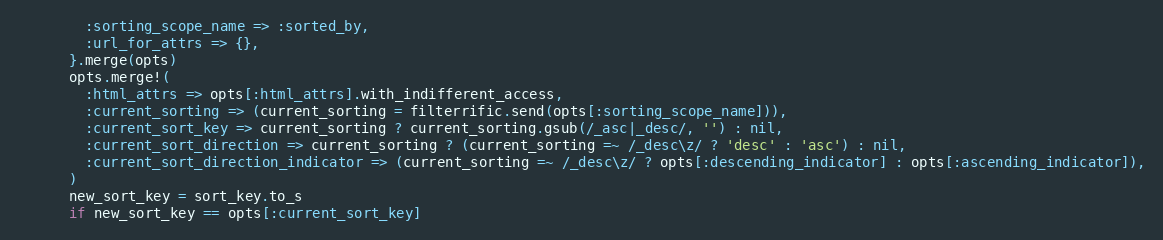
Language: Ruby
        :sorting_scope_name => :sorted_by,
        :url_for_attrs => {},
      }.merge(opts)
      opts.merge!(
        :html_attrs => opts[:html_attrs].with_indifferent_access,
        :current_sorting => (current_sorting = filterrific.send(opts[:sorting_scope_name])),
        :current_sort_key => current_sorting ? current_sorting.gsub(/_asc|_desc/, '') : nil,
        :current_sort_direction => current_sorting ? (current_sorting =~ /_desc\z/ ? 'desc' : 'asc') : nil,
        :current_sort_direction_indicator => (current_sorting =~ /_desc\z/ ? opts[:descending_indicator] : opts[:ascending_indicator]),
      )
      new_sort_key = sort_key.to_s
      if new_sort_key == opts[:current_sort_key]